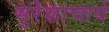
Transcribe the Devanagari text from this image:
सुरेशाचार्य